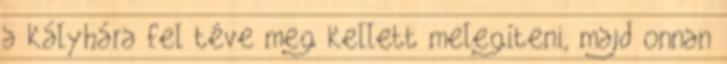
a kályhára fel téve meg kellett melegíteni, majd onnan